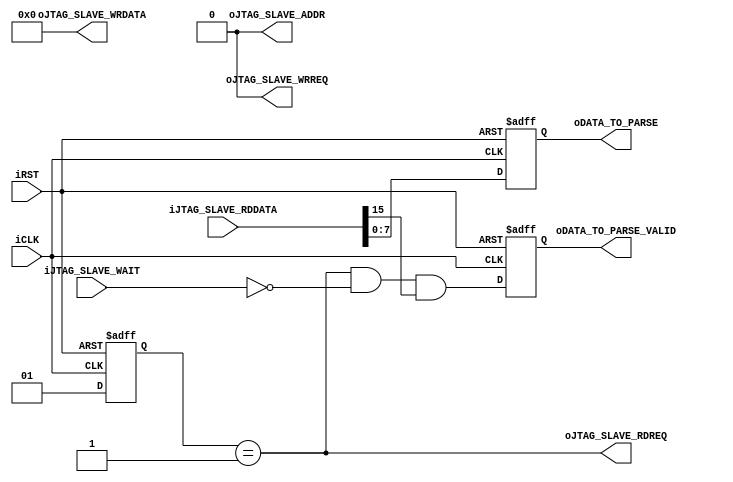
module uart_avalon_extraction(
    input iCLK,
    input iRST,

    // jtag uart signals
    output        oJTAG_SLAVE_ADDR,
    output        oJTAG_SLAVE_RDREQ,
    input [31:0]  iJTAG_SLAVE_RDDATA,
    output        oJTAG_SLAVE_WRREQ,
    output [31:0] oJTAG_SLAVE_WRDATA,
    input         iJTAG_SLAVE_WAIT,

    // data to parse
    output [7:0]  oDATA_TO_PARSE,
    output        oDATA_TO_PARSE_VALID
);
/* 
This module extract the data from Avalon interface for processing.

                            ____      ____      ____      ____      ____
clock                 _____|    |____|    |____|    |____|    |____|    |____
                            _____________________________________
req                   _____|
                            _________ 
read_wait             _____|         |______________________________
                      _______________ _________ _________ _________
data_from_uart        _______________|____1____|____2____|____3____|   Avalon latency is 0 cycle after a deasserted read_wait.
                                      ______________________________
data_from_uart_ready  _______________|
                      _________________________ _________ _________
data_to_parse         _________________________|____1____|____2____|
                                                _________ _________
data_to_parse_valid   _________________________|____X____|____X____|   depends on the valid bit of data_from_uart

*/
parameter ST_UART_IDLE =         2'b00;
parameter ST_UART_READ =         2'b01;
reg [1:0]  states_uart;
wire       data_from_uart_ready;
wire [7:0] data_from_uart;
wire       data_from_uart15;
reg [7:0]  data_to_parse;
reg        data_to_parse_valid;

assign data_from_uart_ready = (states_uart == ST_UART_READ) && (!iJTAG_SLAVE_WAIT);
assign data_from_uart = iJTAG_SLAVE_RDDATA[7:0];
assign data_from_uart15 = iJTAG_SLAVE_RDDATA[15];

always @ (posedge iCLK or posedge iRST) begin
    if(iRST) begin
        states_uart <= ST_UART_IDLE;
        data_to_parse_valid <= 1'b0;
        data_to_parse <= 8'd0;
    end
    else begin
        states_uart <= ST_UART_READ;
        data_to_parse_valid <= (data_from_uart_ready && data_from_uart15);
        data_to_parse <= data_from_uart;
    end
end

assign oJTAG_SLAVE_ADDR = 1'b0;  // always look at the DATA fifo
assign oJTAG_SLAVE_RDREQ = (states_uart == ST_UART_READ);
assign oJTAG_SLAVE_WRREQ = 1'b0;
assign oJTAG_SLAVE_WRDATA = 32'd0;

assign oDATA_TO_PARSE = data_to_parse;
assign oDATA_TO_PARSE_VALID = data_to_parse_valid;

endmodule